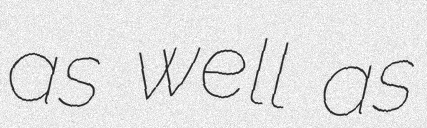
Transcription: as well as